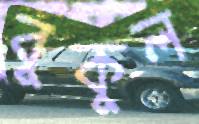
বুকুল